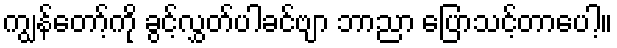
ကျွန်တော့်ကို ခွင့်လွှတ်ပါခင်ဗျာ ဘာညာ ပြောသင့်တာပေါ့။